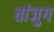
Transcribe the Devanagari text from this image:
तांजुग